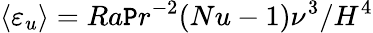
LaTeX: \langle\varepsilon_{u}\rangle=Ra\mathtt{P}r^{-2}(Nu-1)\nu^{3}/H^{4}